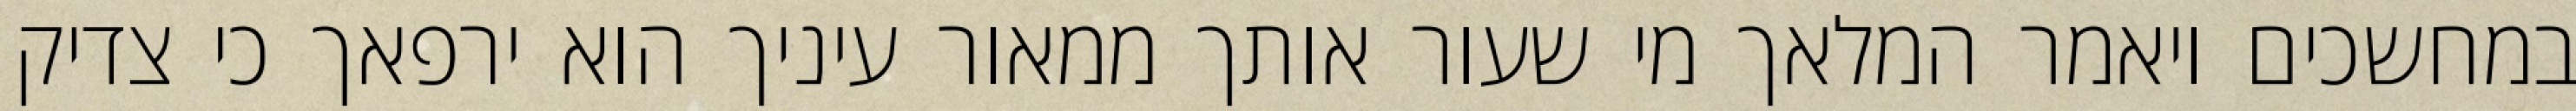
במחשכים ויאמר המלאך מי שעור אותך ממאור עיניך הוא ירפאך כי צדיק